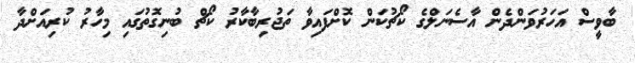
ބާވީސް އަހަރުވަންދެން އާސެނަލްގެ ކޯޗުކަން ކޮށްފައިވާ ތަޖުރިބާކާރު ކޯޗް ބުނިގޮތުގައި މިހާރު ކުރިއަށްދާ